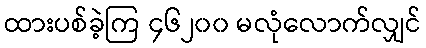
ထားပစ်ခဲ့ကြ ၄၆၂၀၀ မလုံလောက်လျှင်